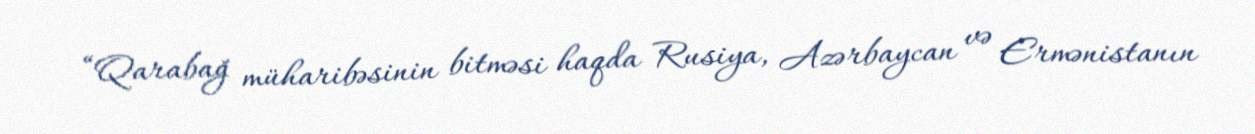
“Qarabağ müharibəsinin bitməsi haqda Rusiya, Azərbaycan və Ermənistanın